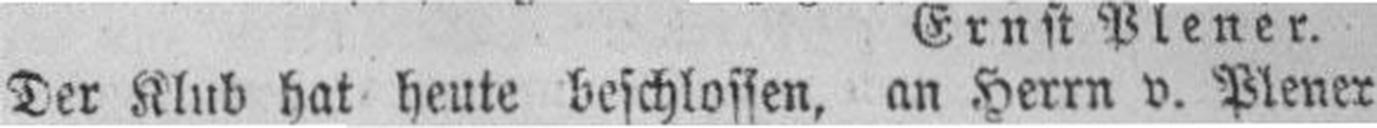
Der Klub hat heute beschlossen, an Herrn v. Plener